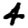
Digit: 4